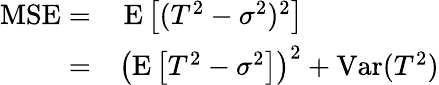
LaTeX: \begin{array}{rl}{\operatorname{MSE}=}&{{}\operatorname{E}\left[(T^{2}-\sigma^{2})^{2}\right]}\\ {=}&{{}\left(\operatorname{E}\left[T^{2}-\sigma^{2}\right]\right)^{2}+\operatorname{Var}(T^{2})}\end{array}